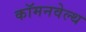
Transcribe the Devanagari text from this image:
कॉमनवेल्‍थ